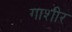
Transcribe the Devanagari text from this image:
गाशीर